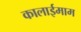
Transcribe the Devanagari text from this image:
कालाईमाम